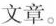
文章。